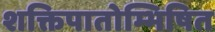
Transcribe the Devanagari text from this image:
शक्तिपातोम्भिषित